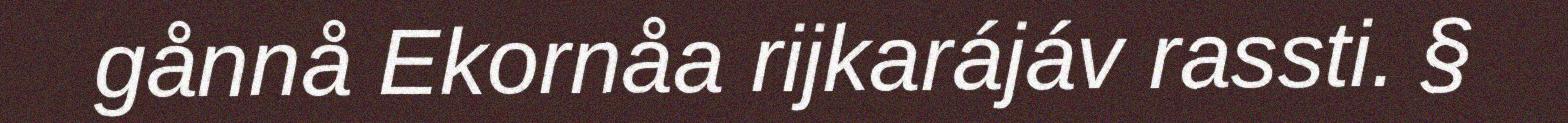
gånnå Ekornåa rijkarájáv rassti. §